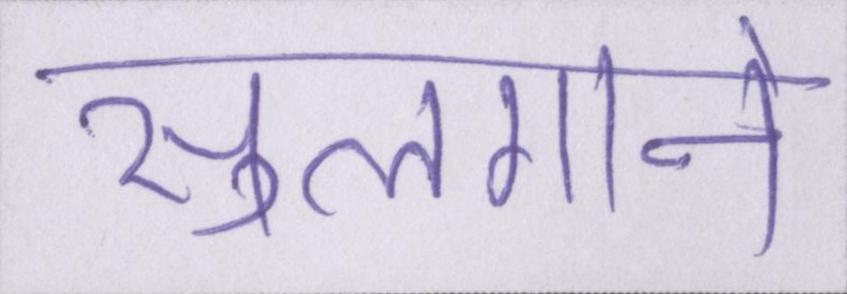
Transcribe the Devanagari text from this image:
सुलगाने